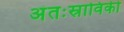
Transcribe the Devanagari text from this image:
अंतःस्राविकी